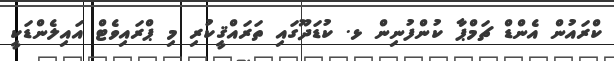
ކްރައުން އެންޑް ޗަމްޕާ ކުންފުނިން ޅ. ކުޑަދޫގައި ތަރައްޤީކުރި މި ޕްރައިވެޓް އައިލެންޑަކީ